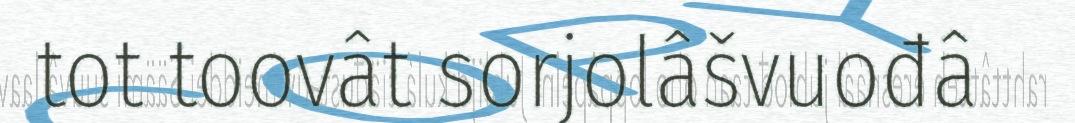
tot toovât sorjolâšvuođâ